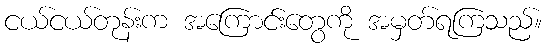
ငယ်ငယ်တုန်းက အကြောင်းတွေကို အမှတ်ရကြသည်။